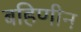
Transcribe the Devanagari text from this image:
बहिणीन